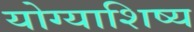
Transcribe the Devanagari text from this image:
योग्याशिष्य